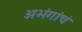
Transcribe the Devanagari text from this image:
अभंगांचं